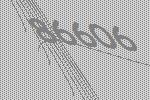
86606